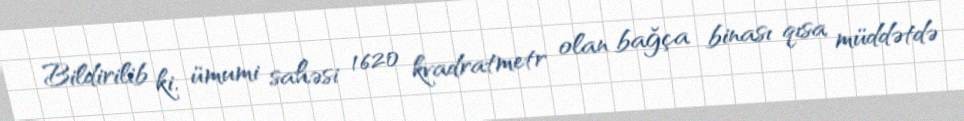
Bildirilib ki, ümumi sahəsi 1620 kvadratmetr olan bağça binası qısa müddətdə